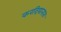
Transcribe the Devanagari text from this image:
करदियानारु